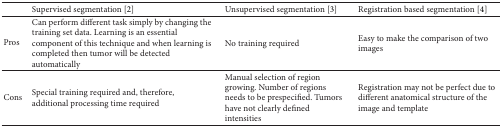
<table><thead><tr><td><b> </b></td><td><b>Supervised segmentation [2]</b></td><td><b>Unsupervised segmentation [3]</b></td><td><b>Registration based segmentation [4]</b></td></tr></thead><tbody><tr><td>Pros</td><td>Can perform different task simply by changing the training set data. Learning is an essential component of this technique and when learning is completed then tumor will be detected automatically</td><td>No training required</td><td>Easy to make the comparison of two images</td></tr><tr><td>Cons</td><td>Special training required and, therefore, additional processing time required</td><td>Manual selection of region growing. Number of regions needs to be prespecified. Tumors have not clearly defined intensities</td><td>Registration may not be perfect due to different anatomical structure of the image and template</td></tr></tbody></table>